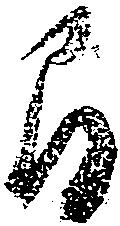
間